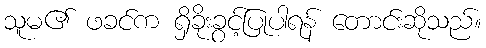
သူမ၏ ဖခင်က ရှိခိုးခွင့်ပြုပါရန် တောင်းဆိုသည်။